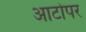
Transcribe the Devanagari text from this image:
आटोपर